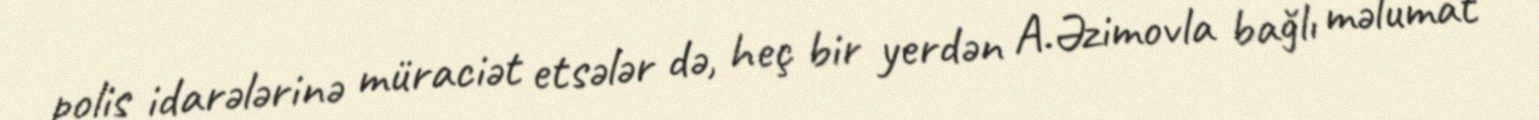
polis idarələrinə müraciət etsələr də, heç bir yerdən A.Əzimovla bağlı məlumat